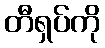
တီရှပ်ကို